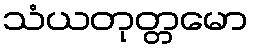
သံယတုတ္တမော